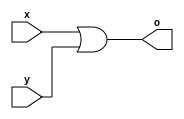
`timescale 1ns / 1ps

module OR(
input x,y,
output o
);

assign o = x|y;


endmodule